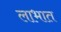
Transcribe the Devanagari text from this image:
लाभात